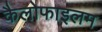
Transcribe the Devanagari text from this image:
कैलोफाइलम